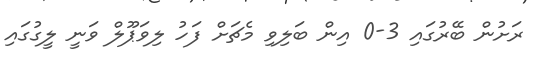
ރަށުން ބޭރުގައި 3-0 އިން ބަލިވި މެޗަށް ފަހު ލިވަޕޫލް ވަނީ ލީގުގައި